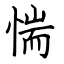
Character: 惴